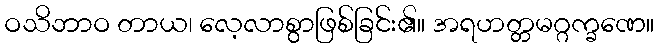
ဝသိဘာဝ တာယ၊ လေ့လာစွာဖြစ်ခြင်း၏။ အရဟတ္တမဂ္ဂက္ခဏေ။